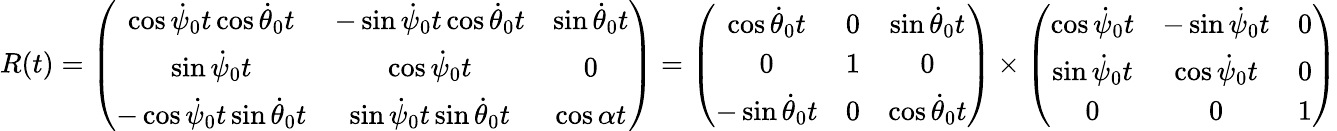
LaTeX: \begin{array}{r}{R(t)=\left(\begin{array}{ccc}{\cos\dot{\psi}_{0}t\cos\dot{\theta}_{0}t}&{-\sin\dot{\psi}_{0}t\cos\dot{\theta}_{0}t}&{\sin\dot{\theta}_{0}t}\\ {\sin\dot{\psi}_{0}t}&{\cos\dot{\psi}_{0}t}&{0}\\ {-\cos\dot{\psi}_{0}t\sin\dot{\theta}_{0}t}&{\sin\dot{\psi}_{0}t\sin\dot{\theta}_{0}t}&{\cos\alpha t}\end{array}\right)=\left(\begin{array}{ccc}{\cos\dot{\theta}_{0}t}&{0}&{\sin\dot{\theta}_{0}t}\\ {0}&{1}&{0}\\ {-\sin\dot{\theta}_{0}t}&{0}&{\cos\dot{\theta}_{0}t}\end{array}\right)\times\left(\begin{array}{ccc}{\cos\dot{\psi}_{0}t}&{-\sin\dot{\psi}_{0}t}&{0}\\ {\sin\dot{\psi}_{0}t}&{\cos\dot{\psi}_{0}t}&{0}\\ {0}&{0}&{1}\end{array}\right)}\end{array}